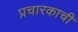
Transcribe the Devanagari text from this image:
प्रचारकाची